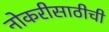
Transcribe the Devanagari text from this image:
नोकरीसाठीची